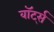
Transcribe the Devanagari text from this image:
वॉर्ट्स